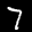
Label: 7